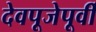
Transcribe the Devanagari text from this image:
देवपूजेपूर्वी